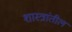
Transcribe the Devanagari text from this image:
शास्त्रांतील